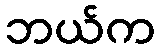
ဘယ်က